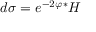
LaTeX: d \sigma = e ^ { - 2 \varphi } { ^ * } H